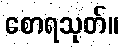
စောရသုတ်။